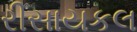
રીસાયકલ